Leaving Certificate Examination, 1916
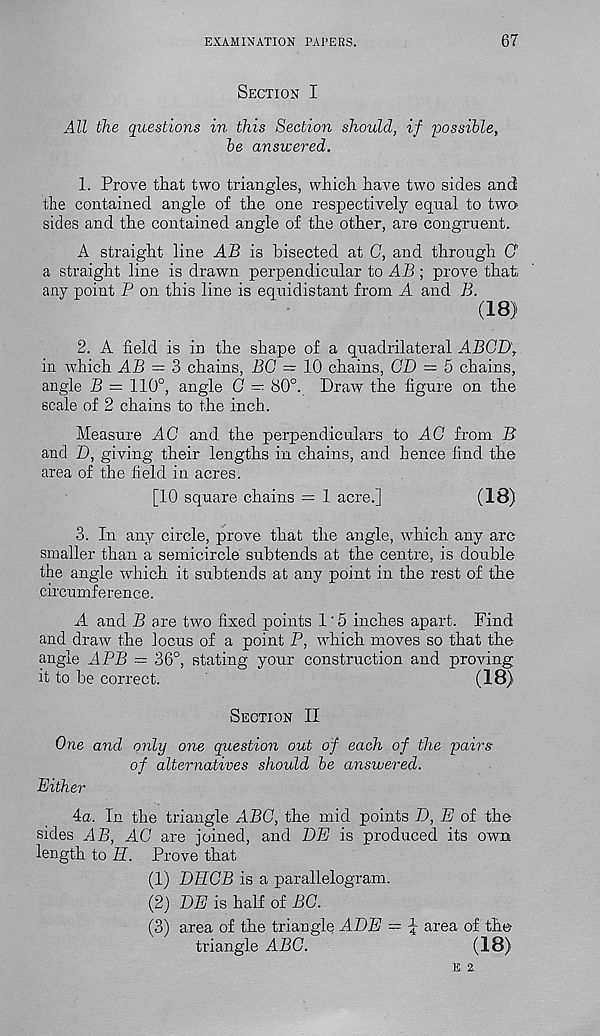
EXAMINATION PAPERS.
67
Section I
All the questions in this Section should, if possible,
be answered.
1. Prove that two triangles, which have two sides and
the contained angle of the one respectively equal to two
sides and the contained angle of the other, are congruent.
A straight line AB is bisected at C, and through C
a straight line is drawn perpendicular to AB; prove that
any point P on this line is equidistant from A and B.
(18)
2. A field is in the shape of a quadrilateral ABGD,
in which AB = 3 chains, BG — 10 chains, CD — 5 chains,
angle B = 110°, angle G -■ 80°. Draw the figure on the
scale of 2 chains to the inch.
Measure AC and the perpendiculars to AC from B
and D, giving their lengths in chains, and hence find the
area of the field in acres.
[10 square chains = 1 acre.]
(18)
3. In any circle, prove that the angle, which any arc
smaller than a semicircle subtends at the centre, is double
the angle which it subtends at any point in the rest of the
circumference.
A and B are two fixed points 1'5 inches apart. Find
and draw the locus of a point P, which moves so that the
angle APB = 36°, stating your construction and proving
it to be correct.
(18)
Section II
One and only one question out of each of the pairs
of alternatives should be answered.
Either
4a. In the triangle ABC, the mid points D, E of the
sides AB, AC are joined, and BE is produced its own
length to E. Prove that
(1) DHCB is a parallelogram.
(2) DE is half of BG.
(3) area of the triangle ADE — ^ area of the
triangle ABC.
(18)